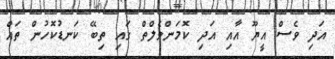
އަދި ވެސް އީޔޫ އާއި އަދި ކޮމަންވެލްތް ގައި ތިބޭ ކަނޑުކޮހުން ތައް